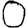
Digit: 0